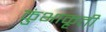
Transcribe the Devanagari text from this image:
कुंभाकृती